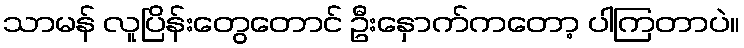
သာမန် လူပြိန်းတွေတောင် ဦးနှောက်ကတော့ ပါကြတာပဲ။